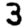
Digit: 3